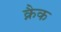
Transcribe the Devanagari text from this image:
क्नैक